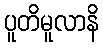
ပူတိမူလာနိ